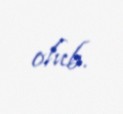
olub.